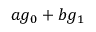
a g _ { 0 } + b g _ { 1 }